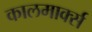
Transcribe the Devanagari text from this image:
कालमार्क्स